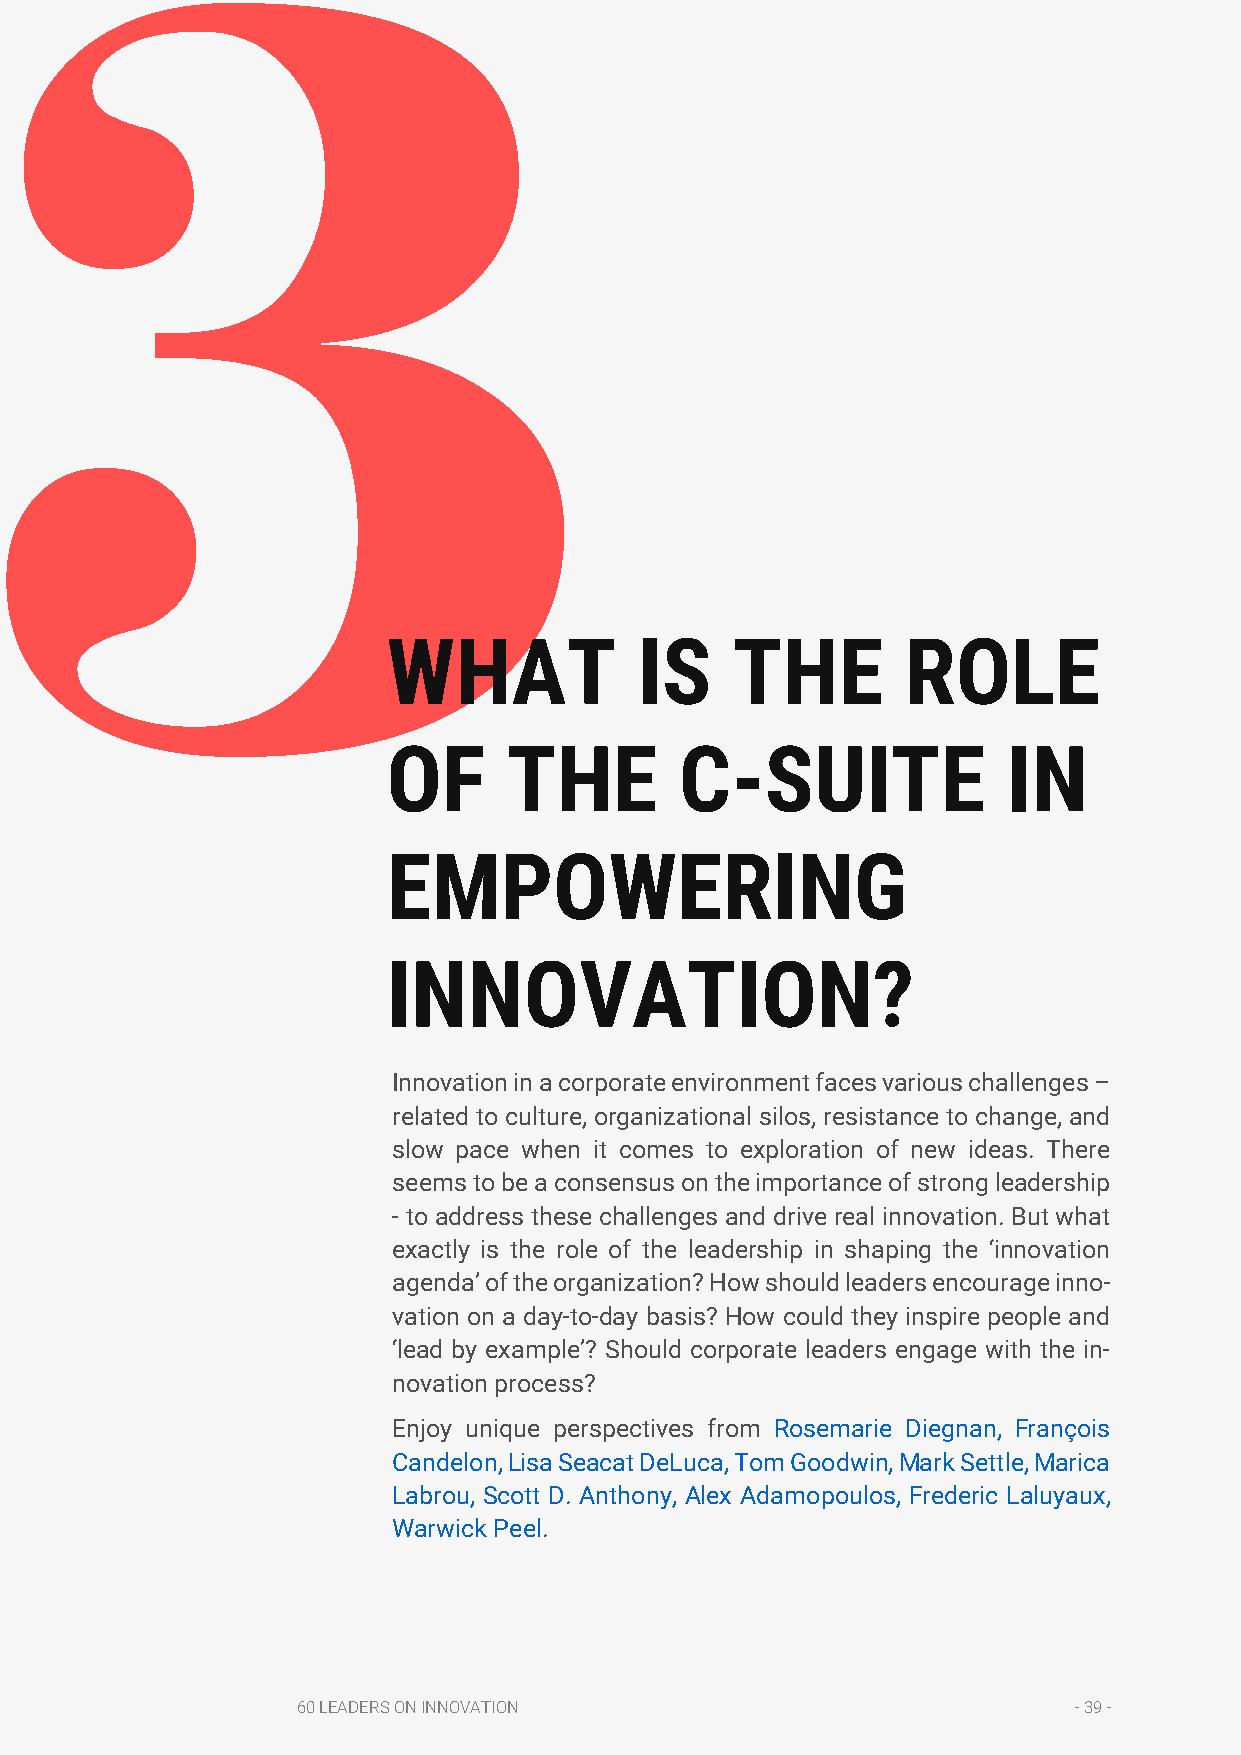
3
 WHAT            IS    THE         ROLE
 OF      THE        C-SUITE               IN
 EMPOWERING
 INNOVATION?
 Innovation in a corporate environment faces various challenges –
 related to culture, organizational silos, resistance to change, and
 slow pace when it comes to exploration of new ideas. There
 seems to be a consensus on the importance of strong leadership
 - to address these challenges and drive real innovation. But what
 exactly is the role of the leadership in shaping the ‘innovation
 agenda’ of the organization? How should leaders encourage inno-
 vation on a day-to-day basis? How could they inspire people and
 ‘lead by example’? Should corporate leaders engage with the in-
 novation process?
 Enjoy unique perspectives from Rosemarie Diegnan, François
 Candelon, Lisa Seacat DeLuca, Tom Goodwin, Mark Settle, Marica
 Labrou, Scott D. Anthony, Alex Adamopoulos, Frederic Laluyaux,
 Warwick Peel.
 60 LEADERS ON INNOVATION                           - 39 -